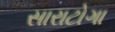
સારાટોગા